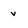
Character: v